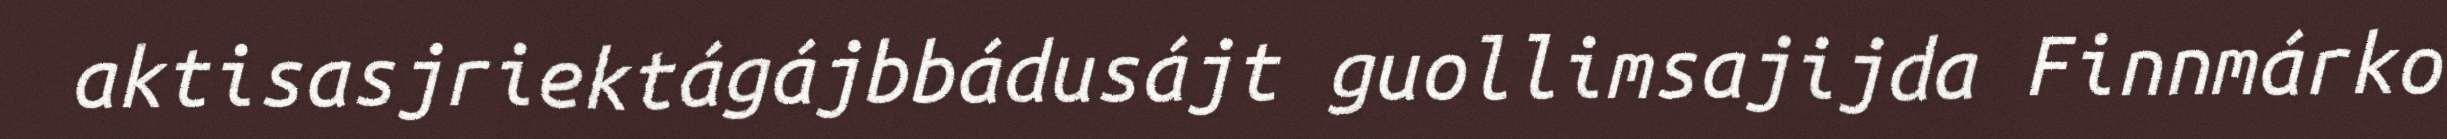
aktisasjriektágájbbádusájt guollimsajijda Finnmárko